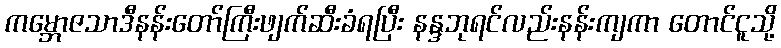
ကမ္ဘောဇသာဒီနန်းတော်ကြီးဖျက်ဆီးခံရပြီး နန္ဒဘုရင်လည်းနန်းကျကာ တောင်ငူသို့